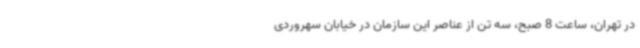
در تهران، ساعت 8 صبح، سه تن از عناصر این سازمان در خیابان سهروردی